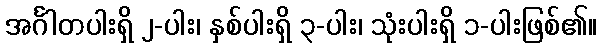
အင်္ဂါတပါးရှိ ၂-ပါး၊ နှစ်ပါးရှိ ၃-ပါး၊ သုံးပါးရှိ ၁-ပါးဖြစ်၏။